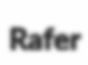
Rafer